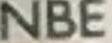
NBE